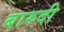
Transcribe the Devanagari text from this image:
बारुदी